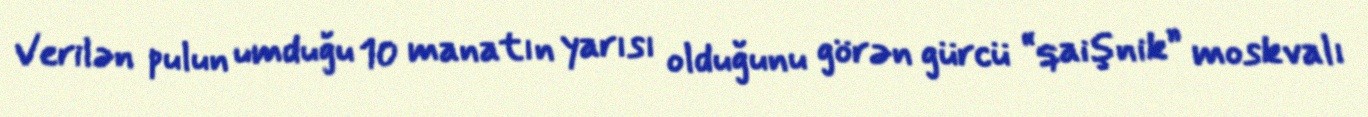
Verilən pulun umduğu 10 manatın yarısı olduğunu görən gürcü “qaişnik” moskvalı